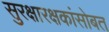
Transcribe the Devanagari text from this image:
सुरक्षारक्षकांसोबत